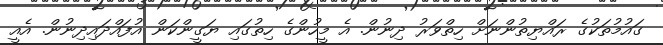
ގައުމުތަކުގެ ރައްޔިތުންނަށް ހިތްވަރު ދިނުން. އެ މީހުންގެ ހިތުގައި ޔަގީންކަން އުފައްދައިދިނުން. އެއީ